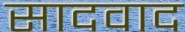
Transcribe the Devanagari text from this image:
सादवाद